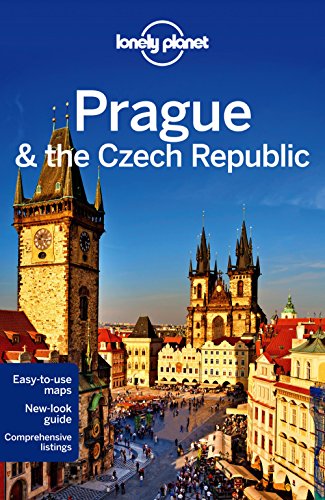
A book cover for Lonely Planet Prague & the Czech Republic (Travel Guide); Lonely Planet; Travel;